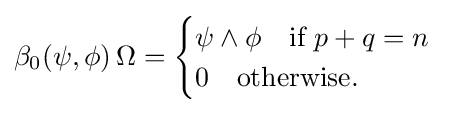
\beta _{0}(\psi ,\phi )\,\Omega ={\begin{cases}\psi \wedge \phi \quad {\text{if }}p+q=n\\0\quad {\text{otherwise. }}\end{cases}}